Indian journal of veterinary science and animal husbandry - Volumes 18-21, 1948-1951
Year: 1948
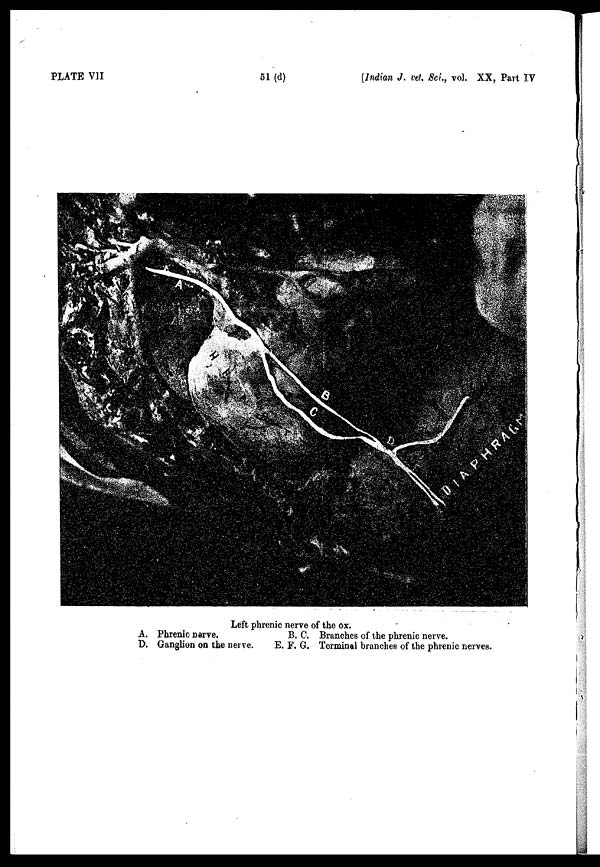
PLATE VII
51 (d)
[Indian J. vet. Sci., vol. XX, Part IV
Left phrenic nerve of the ox.
A. Phrenic nerve.
B. C. Branches of the phrenic nerve.
D. Ganglion on the nerve.
E. F. G. Terminal branches of the phrenic nerves.